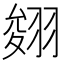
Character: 𦑂